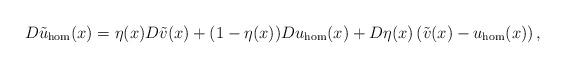
LaTeX: \begin{align*} D\tilde u_{\mathrm{hom}}(x) = \eta (x) D\tilde v(x) + (1-\eta(x)) Du_{\mathrm{hom}}(x) + D\eta(x) \left(\tilde v(x) - u_{\mathrm{hom}}(x) \right),\end{align*}